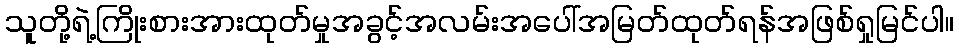
သူတို့ရဲ့ကြိုးစားအားထုတ်မှုအခွင့်အလမ်းအပေါ်အမြတ်ထုတ်ရန်အဖြစ်ရှုမြင်ပါ။